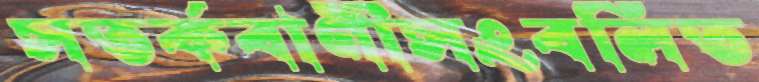
সতর্কবাণীসংবলিত